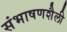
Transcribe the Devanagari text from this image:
संभाषणशैली